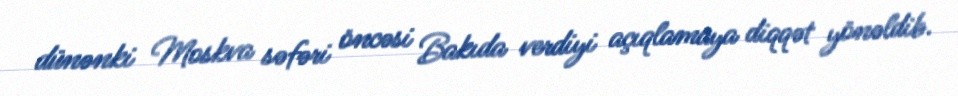
dünənki Moskva səfəri öncəsi Bakıda verdiyi açıqlamaya diqqət yönəldib.